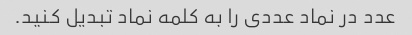
عدد در نماد عددی را به کلمه نماد تبدیل کنید.